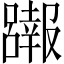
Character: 𱘖